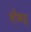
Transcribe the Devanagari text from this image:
भीष्म।